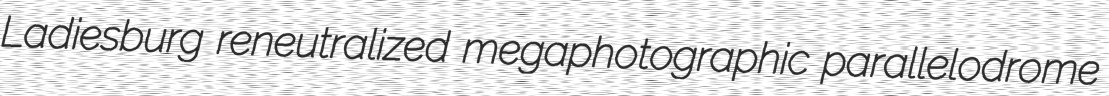
Ladiesburg reneutralized megaphotographic parallelodrome